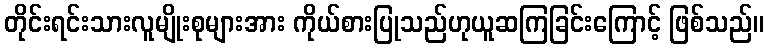
တိုင်းရင်းသားလူမျိုးစုများအား ကိုယ်စားပြုသည်ဟုယူဆကြခြင်းကြောင့် ဖြစ်သည်။